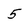
Character: 5